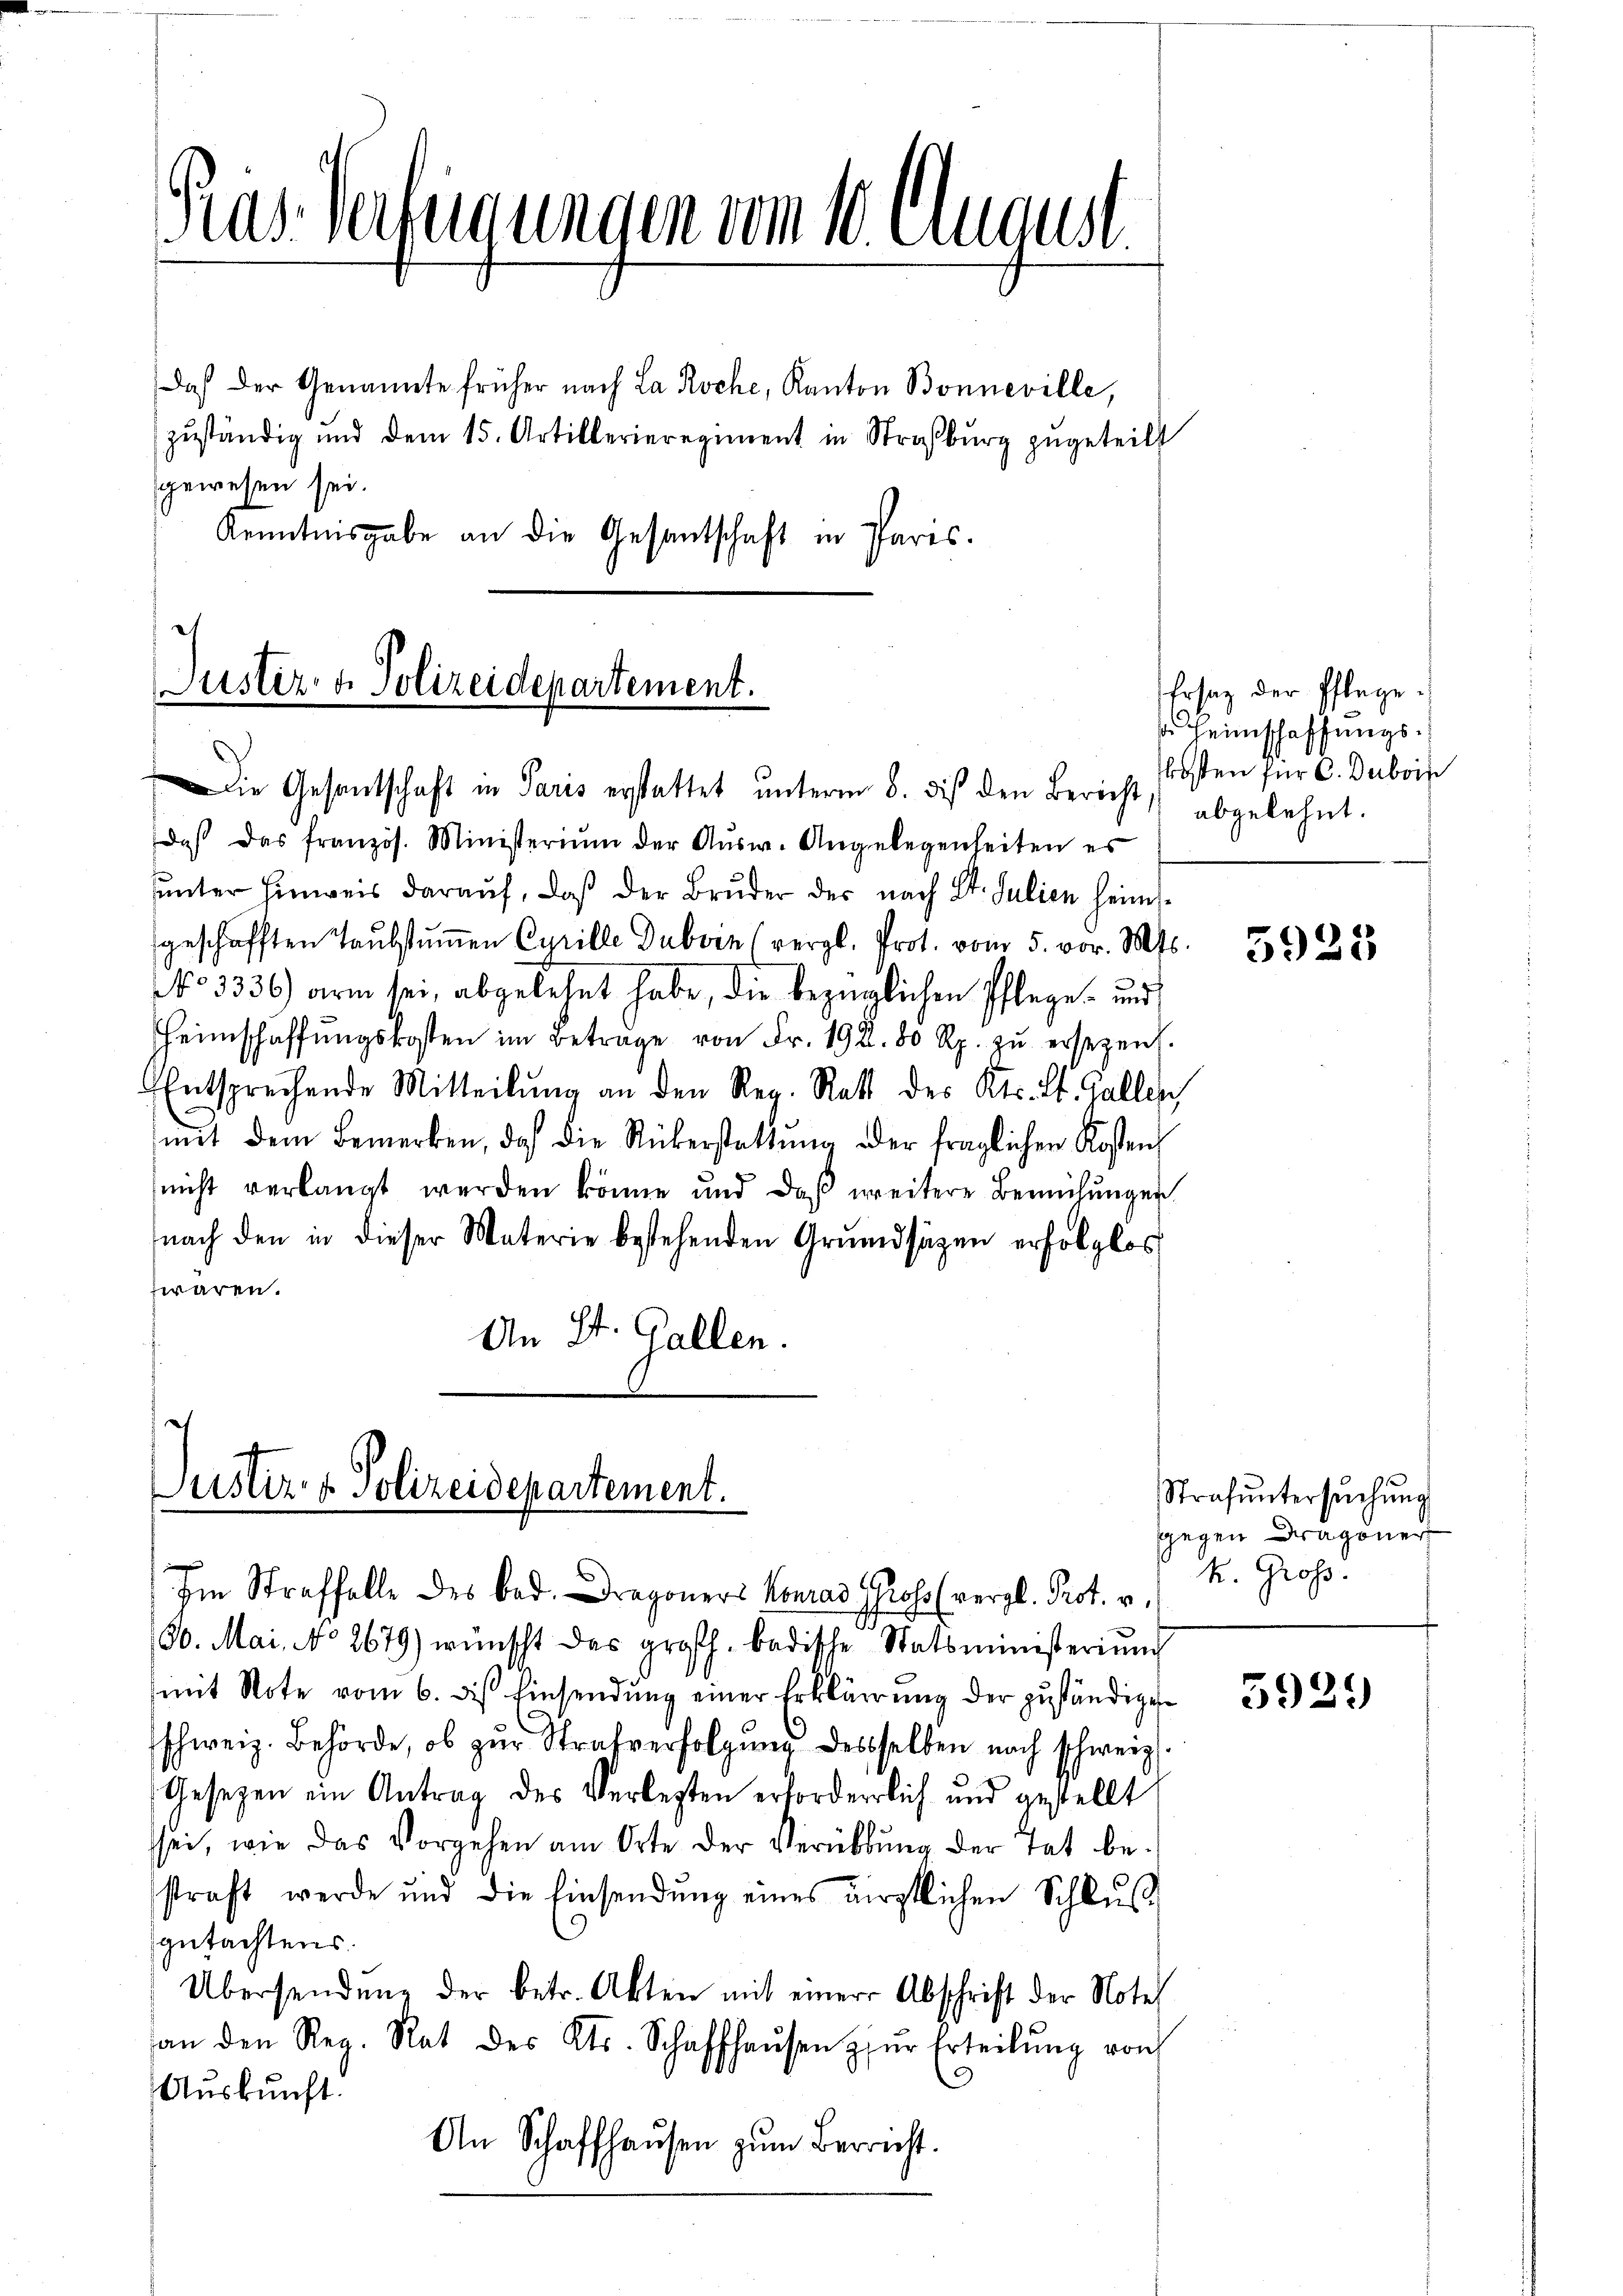
gewesen sei.
Kenntnisgabe an die Gesantschaft in Paris.

Gras Verfügungen vom 10. August

Justiz- & Polizeidepartement.

Daß der Genannte früher nach La Roche, Kanton Bonneville,
zuständig und dem 15. Artillerieregiment in Straßburg zugeteilt

Justiz- & Polizeidepartement.

Die Gesantschaft in Paris erstattet unterm 8. dies den Bericht abgelehnt.
daß das französ. Ministerium der Ausw. Angelegenheiten es
ŭŭnter hinweis daraŭf, daβ der Brŭder der nach St. Julien heim.
geschafften Taubstummen Cyrille Duborn (vergl. Prot. vom 5. vor. Mts.
NNo 3336) arm sei, abgelehnt habe, die bezüglichen Pflege und
Heimschaffŭngskosten im Beträge von Fr. 192. 80 Rp. zŭ ersezen.
Entsprechende Mitteilŭng an den Reg. Ratt des Kts. St. Gallen
mit dem Bemerken, daß die Rükerstattŭng oder fraglichen Kosten
nicht verlangt werden könne und daβ weitere Bemühŭngen
nach den in dieser Materie bestehenden Grŭndsätzen erfolglos
wären.
An St. Gallen.

Im Straffalle des Bed. Dragoners Konrad Prof. (vergl. Prot. v.
30. Mai, No 2679) wünscht das großh. badische Statsministerium
mit Note vom 6. des Einsendung einer Erklärung der zuständigen
schweiz. Behörde, ob zur Strafverfolgung desselben noch schweiz.
Gesetzen ein Antrag des Verlegten erforderlich und gestellt
sei, wie das Vorgehen am Orte der Verübung der Tat be-
straft werde und die Einsendŭng eines wirstlichen Schlŭβ
gutachtens.
Übersendŭng der betr. Akten mit einer Abschrift der Note
an den Reg. Rat des Cts. Schaffhaŭsen zŭr Erteilŭng von
Auskunft.
An Schaffhausen zum Berricht.

Ersatz der Pflege.
s Heimschaffungskosten für C. Duboin

5923

Strafŭntersŭchŭng
gegen Dragoner
k. Gross.

5929